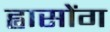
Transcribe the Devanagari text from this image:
ह्वासोंग